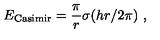
E _ { \mathrm { C a s i m i r } } = { \frac { \pi } { r } } \sigma ( { h r / 2 \pi } ) \ ,